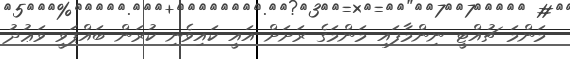
މަންމަ ޗުއްޓީ ނިންމާފައި މަންމަގެ ރަށަށް އައީ ކައިވެނި ކުރަން ބައްޕަވީ ވަޢުދު